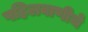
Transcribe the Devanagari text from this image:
पहिलवाणीचे